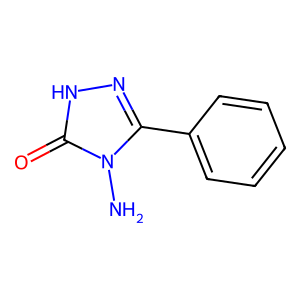
SMILES: Nn1c(-c2ccccc2)n[nH]c1=O
Inhibits HIV replication: No